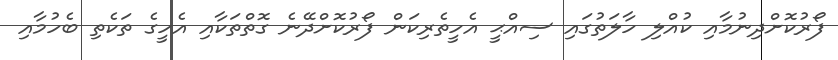
ފޯރުކޮށްދިނުމާއި ކުއްލި ހާލަތުގައި ސިއްޙީ އެހީތެރިކަން ފޯރުކޮށްދޭނެ ގޮތްތަކާއި އެހީގެ ތަކެތި ބެހުމާއި